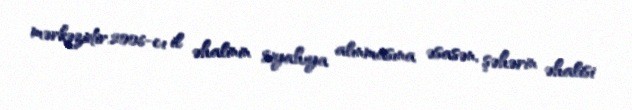
mərkəzidir.2006-cı il əhalinin siyahıya alınmasına əsasən, şəhərin əhalisi